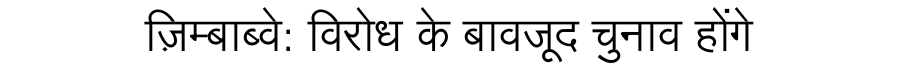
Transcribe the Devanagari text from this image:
ज़िम्बाब्वे: विरोध के बावजूद चुनाव होंगे